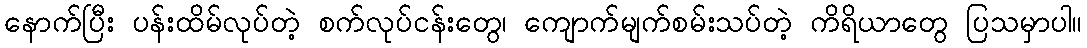
နောက်ပြီး ပန်းထိမ်လုပ်တဲ့ စက်လုပ်ငန်းတွေ၊ ကျောက်မျက်စမ်းသပ်တဲ့ ကိရိယာတွေ ပြသမှာပါ။